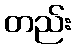
တည်း